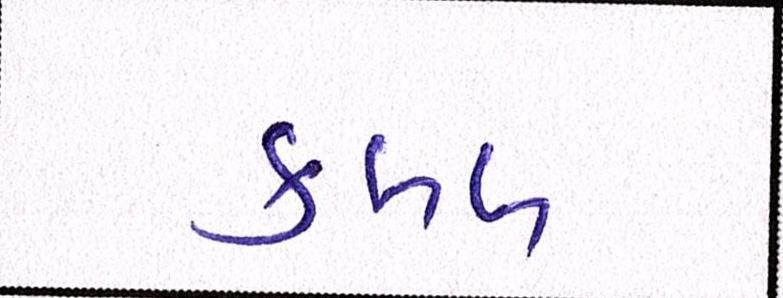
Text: ક્લબ